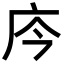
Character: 庈